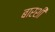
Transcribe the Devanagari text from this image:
बारशी